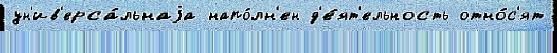
ун'ив'ерса́льнаjа напо́лн'ен д'е́ят'ельность отно́с'ят